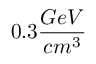
0 . 3 \frac { G e V } { c m ^ { 3 } }